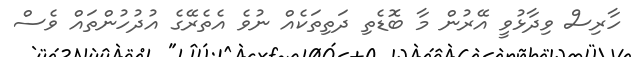
ހާރިސް ވިދާޅުވީ އޭރުން މާ ބޮޑެތި ދަތިތަކެއް ނުވެ އެތެރޭގެ އުދުހުންތައް ވެސް